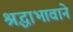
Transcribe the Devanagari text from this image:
श्रद्धाभावाने